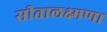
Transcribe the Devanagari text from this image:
सीतालक्ष्मणा